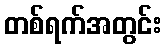
တစ်ရက်အတွင်း